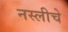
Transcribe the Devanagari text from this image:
नस्लीचे